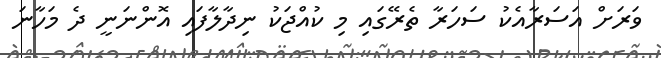
ވަރަށް އަސަރާއެކު ސަހަރާ ތެރޭގައި މި ކުއްޖަކު ނިދާލާފައި އޮންނަނީ ދެ މަހާނަ